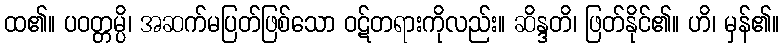
ထ၏။ ပဝတ္တမ္ပိ၊ အဆက်မပြတ်ဖြစ်သော ဝဋ်တရားကိုလည်း။ ဆိန္ဒတိ၊ ဖြတ်နိုင်၏။ ဟိ၊ မှန်၏။